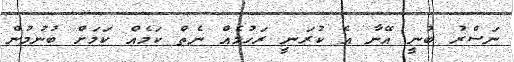
ނަސްރު ބުނީ އޭނާ އެ ކުރަނީ ރަހުމެއް ނެތް ކަމެއް ކަމަށް ބުނުމުން